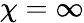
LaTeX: \chi=\infty